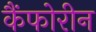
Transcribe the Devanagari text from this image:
कैंफोरीन